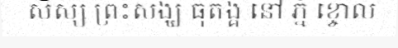
សិស្ស ព្រះសង្ឃ ធុតង្គ នៅ ភ្នំ ខ្ចោល